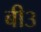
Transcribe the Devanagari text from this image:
बी३